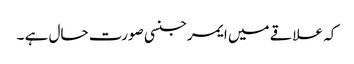
کہ علاقے میں ایمرجنسی صورت حال ہے ۔